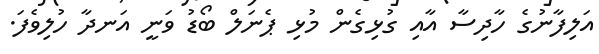
އަލިފާނުގެ ހާދިސާ އާއި ގުޅިގެން މުޅި ޕެނަލް ބޯޑު ވަނީ އަނދާ ހުލިވެފަ.